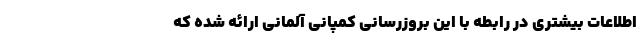
اطلاعات بیشتری در رابطه با این بروزرسانی کمپانی آلمانی ارائه شده که